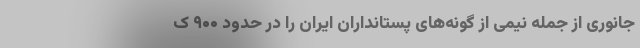
جانوری از جمله نیمی از گونه‌های پستانداران ایران را در حدود ۹۰۰ ک